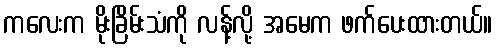
ကလေးက မိုးခြိမ်းသံကို လန့်လို့ အမေက ဖက်ပေးထားတယ်။